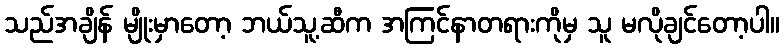
သည်အချိန် မျိုးမှာတော့ ဘယ်သူ့ဆီက အကြင်နာတရားကိုမှ သူ မလိုချင်တော့ပါ။